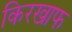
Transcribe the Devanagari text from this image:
किरखाफ